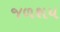
જળશય